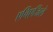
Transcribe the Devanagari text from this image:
एचिएजिले